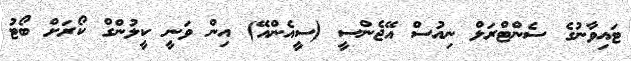
ޓައިވާނުގެ ސެންޓްރަލް ނިއުސް އޭޖެންސީ (ސީއެންއޭ) އިން ވަނީ ކީލުންގް ކޯރަށް ބޯޓު